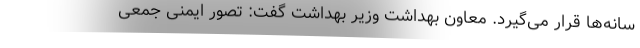
سانه‌ها قرار می‌گیرد. معاون بهداشت وزیر بهداشت گفت: تصور ایمنی جمعی